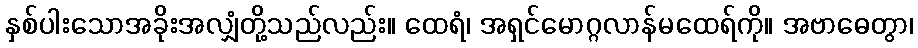
နှစ်ပါးသောအခိုးအလျှံတို့သည်လည်း။ ထေရံ၊ အရှင်မောဂ္ဂလာန်မထေရ်ကို။ အဗာဓေတွာ၊